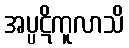
အပ္ပဋိကူလာသိ